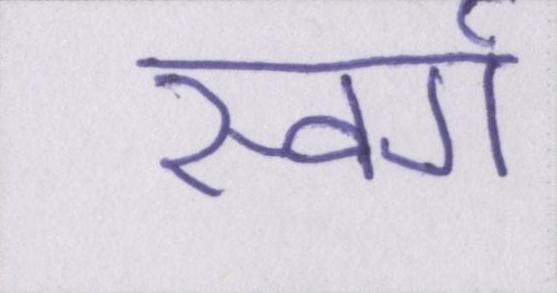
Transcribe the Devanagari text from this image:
स्वर्ग